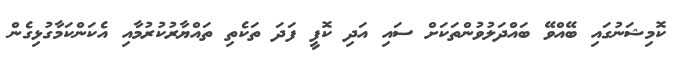
ކޮމިޝަނުގައި ބޭއްވޭ ބައްދަލުވުންތަކަށް ސައި އަދި ކޮފީ ފަދަ ތަކެތި ތައްޔާރުކުރުމާއި އެކަންކަމާގުޅިގެން